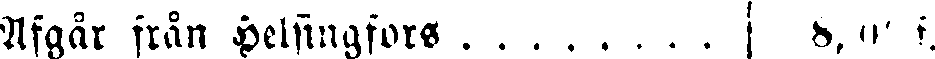
Afgår från Helsingfors . . . . . . . . 8, f.